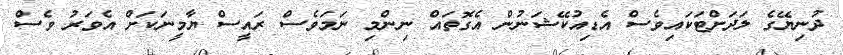
ދުނިޔޭގެ ލަދަށްޓަކައިވެސް އެޑިއުކޭޝަނުން އެގޮތައް ނިންމި ނަމަވެސް ރައީސް ޔާމީނަކަށް އެވަރު ވެސް